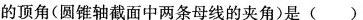
的顶角(圆锥轴截面中两条母线的夹角)是( )